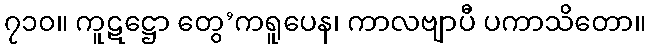
၇၁၀။ ကူဋဋ္ဌော တွေ’ကရူပေန၊ ကာလဗျာပီ ပကာသိတော။